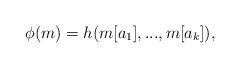
LaTeX: \begin{align*} \phi(m) = h( m[a_1],...,m[a_k]), \;\; \end{align*}